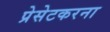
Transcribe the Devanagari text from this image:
प्रेसेटकरना